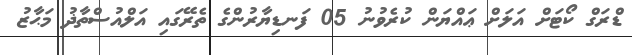
ޑްރަގް ކޯޓަށް އަލަށް ޢައްޔަން ކުރެވުނު 05 ފަނޑިޔާރުންގެ ތެރޭގައި އަލްއުސްތާޛު މަޙާޒު